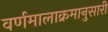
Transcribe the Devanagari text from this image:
वर्णमालाक्रमानुसारी